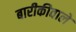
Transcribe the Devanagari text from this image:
बारीकीवाले